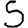
Digit: 5